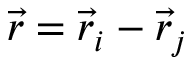
\vec { r } = \vec { r } _ { i } - \vec { r } _ { j }